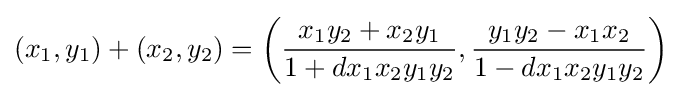
(x_{1},y_{1})+(x_{2},y_{2})=\left({\frac {x_{1}y_{2}+x_{2}y_{1}}{1+dx_{1}x_{2}y_{1}y_{2}}},{\frac {y_{1}y_{2}-x_{1}x_{2}}{1-dx_{1}x_{2}y_{1}y_{2}}}\right)